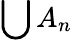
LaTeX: \bigcup A_{n}